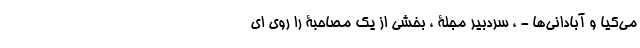
می‌کیا و آبادانی‌ها - ، سردبیر مجلۀ ، بخشی از یک مصاحبۀ را روی ای